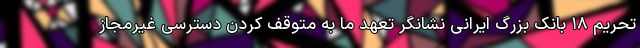
تحریم ۱۸ بانک بزرگ ایرانی نشانگر تعهد ما به متوقف کردن دسترسی غیرمجاز